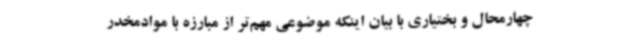
چهارمحال و بختیاری با بیان اینکه موضوعی مهم‌تر از مبارزه با موادمخدر